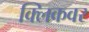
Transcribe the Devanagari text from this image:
क्लिकवर